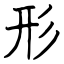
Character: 形